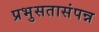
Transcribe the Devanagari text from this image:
प्रभुसतासंपन्न